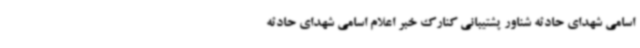
اسامی شهدای حادثه شناور پشتیبانی کنارک خبر اعلام اسامی شهدای حادثه